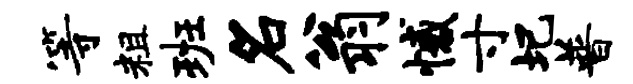
等粗班名翁憾寸圯普